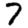
Digit: 7